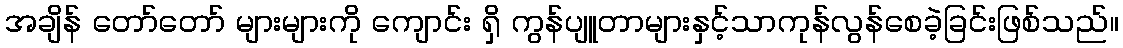
အချိန် တော်တော် များများကို ကျောင်း ရှိ ကွန်ပျူတာများနှင့်သာကုန်လွန်စေခဲ့ခြင်းဖြစ်သည်။